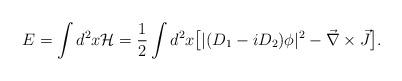
LaTeX: \begin{align*}E = \int d^2 x {\cal H} = {1 \over 2} \int d^2 x \big[ |(D_1 - i D_2 ) \phi |^2 - {\vec{\nabla} \times \vec{J}} \big].\end{align*}